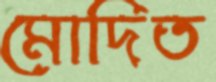
মোদিত